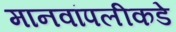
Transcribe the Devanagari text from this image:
मानवांपलीकडे